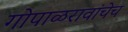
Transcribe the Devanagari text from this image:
गोपाळरावांचेच